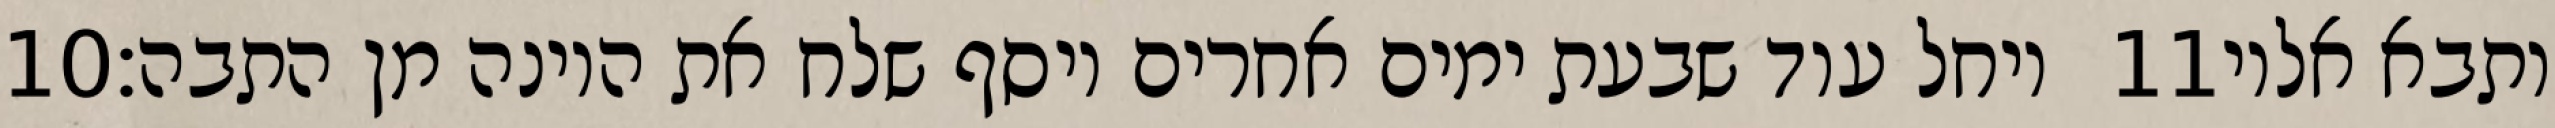
‎10‏ ויחל עוד שבעת ימים אחרים ויסף שלח את היונה מן התבה׃ ‎11‏ ותבא אליו